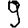
Digit: 9